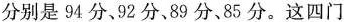
分别是94分，92分，89分、85分。这四门